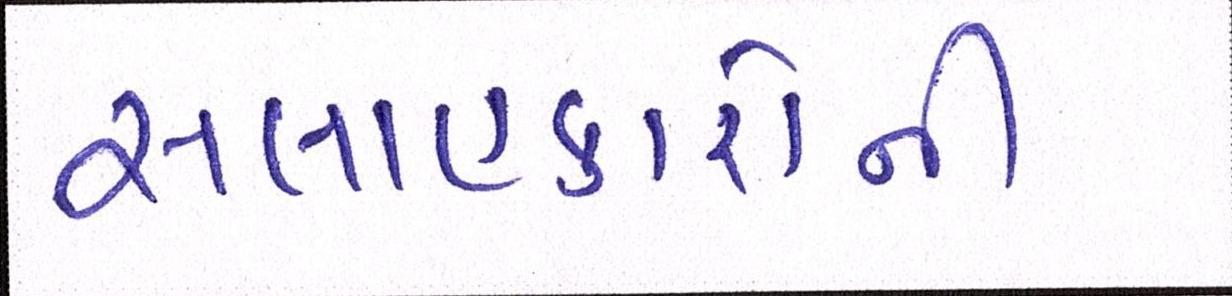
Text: સલાહકારોની